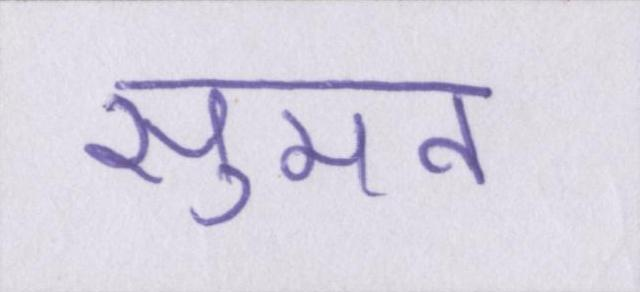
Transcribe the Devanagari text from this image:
सुमन